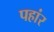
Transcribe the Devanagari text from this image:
पहांर